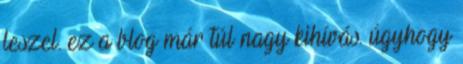
leszel. ez a blog már túl nagy kihívás. úgyhogy